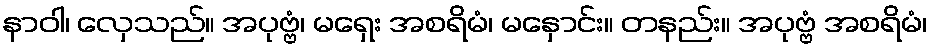
နာဝါ၊ လှေသည်။ အပုဗ္ဗံ၊ မရှေး အစရိမံ၊ မနှောင်း။ တနည်း။ အပုဗ္ဗံ အစရိမံ၊